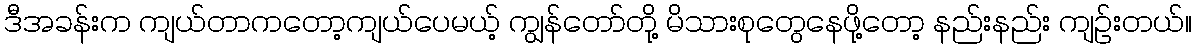
ဒီအခန်းက ကျယ်တာကတော့ကျယ်ပေမယ့် ကျွန်တော်တို့ မိသားစုတွေနေဖို့တော့ နည်းနည်း ကျဉ်းတယ်။